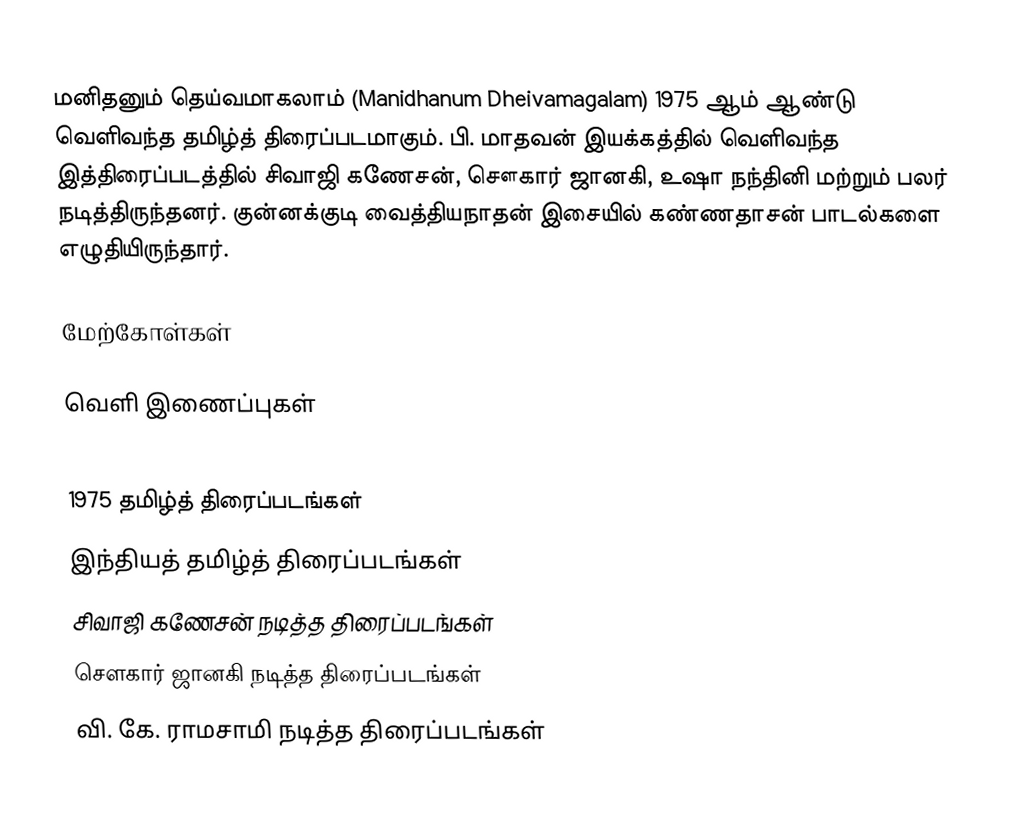
மனிதனும் தெய்வமாகலாம் (Manidhanum Dheivamagalam) 1975 ஆம் ஆண்டு வெளிவந்த தமிழ்த் திரைப்படமாகும். பி. மாதவன் இயக்கத்தில் வெளிவந்த இத்திரைப்படத்தில் சிவாஜி கணேசன், சௌகார் ஜானகி, உஷா நந்தினி மற்றும் பலர் நடித்திருந்தனர். குன்னக்குடி வைத்தியநாதன் இசையில் கண்ணதாசன் பாடல்களை எழுதியிருந்தார்.

மேற்கோள்கள்

வெளி இணைப்புகள்

1975 தமிழ்த் திரைப்படங்கள்
இந்தியத் தமிழ்த் திரைப்படங்கள்
சிவாஜி கணேசன் நடித்த திரைப்படங்கள்
சௌகார் ஜானகி நடித்த திரைப்படங்கள்
வி. கே. ராமசாமி நடித்த திரைப்படங்கள்